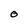
Character: O